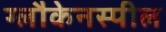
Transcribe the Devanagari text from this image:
ग्लौकेनस्पील